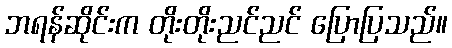
ဘရန်ဆိုင်းက တိုးတိုးညင်ညင် ပြောပြသည်။